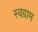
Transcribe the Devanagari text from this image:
स्वग्राम